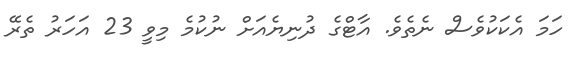
ހަމަ އެކަކުވެސް ނެތެވެ. އާޓްގެ ދުނިޔެއަށް ނުކުމެ މިވީ 23 އަހަރު ތެރޭ